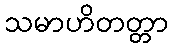
သမာဟိတတ္တာ